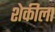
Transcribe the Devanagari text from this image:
शेकीला